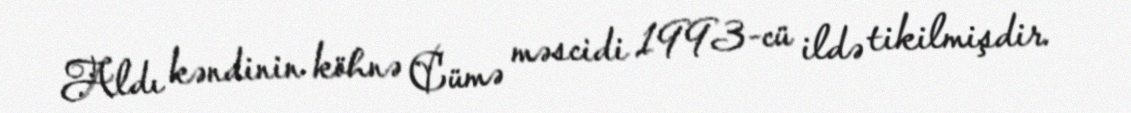
Aldı kəndinin köhnə Cümə məscidi 1993-cü ildə tikilmişdir.